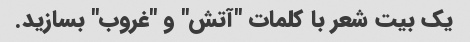
یک بیت شعر با کلمات "آتش" و "غروب" بسازید.